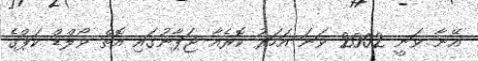
އޭނާ ވަނީ 2002 ވަނަ އަހަރު ކޮރެއާ ޖަޕާނުގައި އޮތް ވޯލްޑް ކަޕްގެ